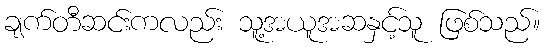
ချက်တီဆင်းကလည်း သူ့အယူအဆနှင့်သူ ဖြစ်သည်။